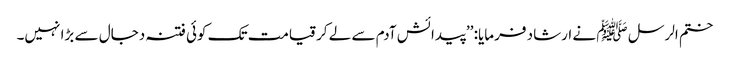
ختم الرسل ﷺ نے ارشاد فرمایا: ’’پیدائش آدم سے لے کر قیامت تک کوئی فتنہ دجال سے بڑا نہیں۔